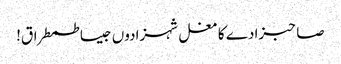
صاحبزادے کا مغل شہزادوں جیسا طمطراق!